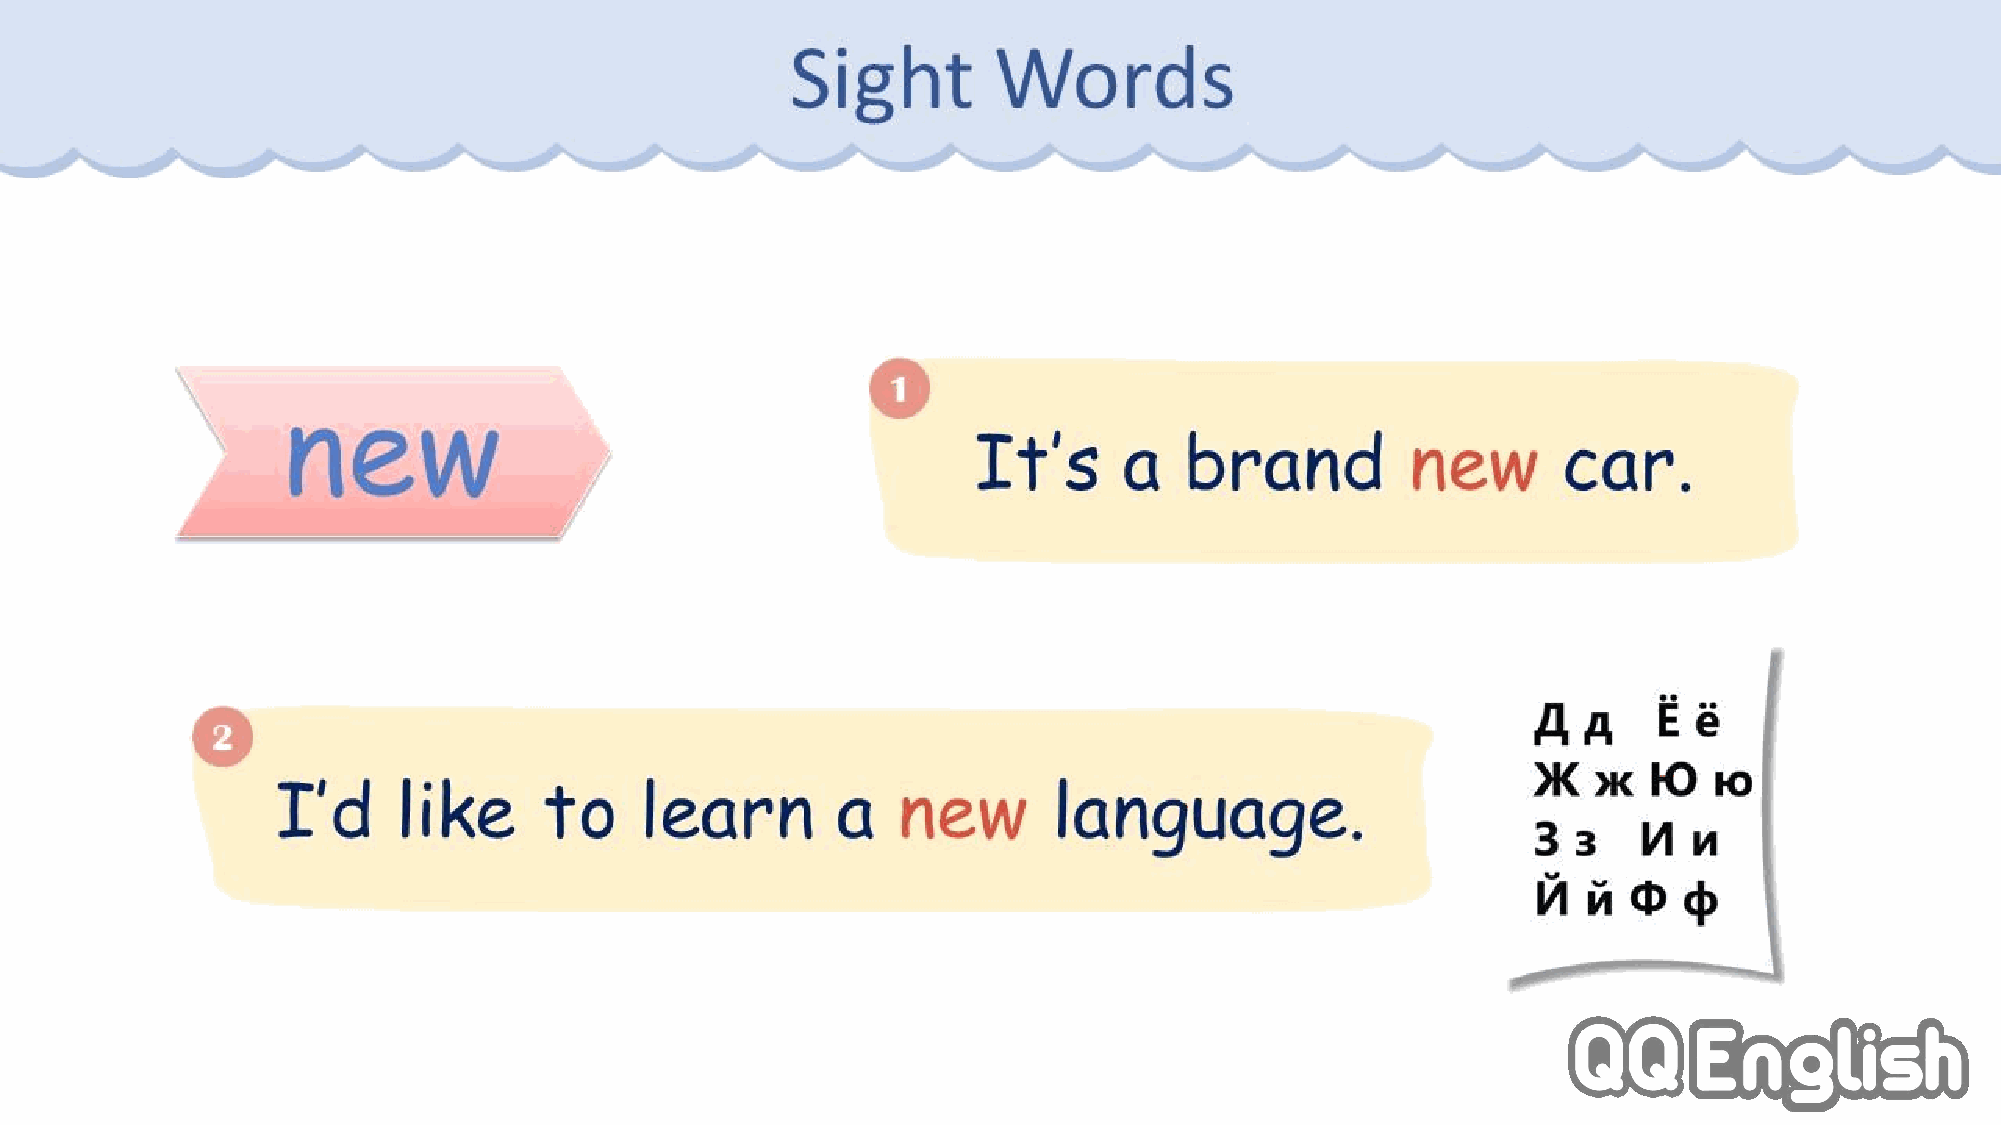
Sight         Words
 1
 new
 It’s     a   brand          new       car.
 2
 I’d     like      to    learn        a   new        language.